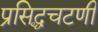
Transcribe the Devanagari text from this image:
प्रसिद्धचटणी